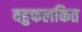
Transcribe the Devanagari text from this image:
बहुफलकित